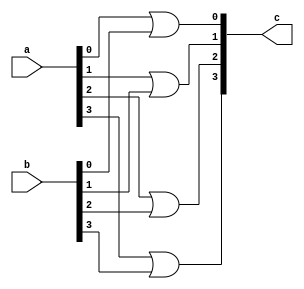
//hazar michael 1201838 
module four_bit_or_array (a,b,c); 
input [3:0]a,b;
output [3:0] c; 

assign c[0] = a[0] || b[0];  
assign c[1] = a[1] || b[1];  
assign c[2] = a[2] || b[2];  
assign c[3] = a[3] || b[3];  

endmodule